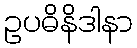
ဥပဓိနိဒါနာ